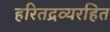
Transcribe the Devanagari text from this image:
हरितद्रव्यरहित